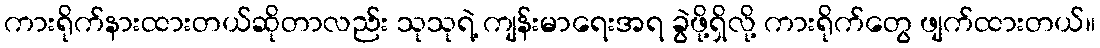
ကားရိုက်နားထားတယ်ဆိုတာလည်း သုသုရဲ့ ကျန်းမာရေးအရ ခွဲဖို့ရှိလို့ ကားရိုက်တွေ ဖျက်ထားတယ်။